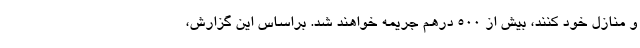
و منازل خود کنند، بیش از ۵۰۰ درهم جریمه خواهند شد. براساس این گزارش،